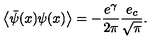
\left< \bar { \psi } ( x ) \psi ( x ) \right> = - \frac { e ^ { \gamma } } { 2 \pi } \frac { e _ { c } } { \sqrt { \pi } } .